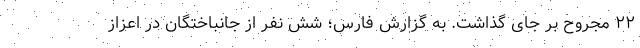
۲۲ مجروح بر جای گذاشت. به گزارش فارس؛ شش نفر از جانباختگان در اعزاز